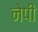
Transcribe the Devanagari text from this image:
नेपी